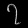
Digit: ၇